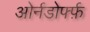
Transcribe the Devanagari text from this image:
ओर्नडोर्फ्फ़